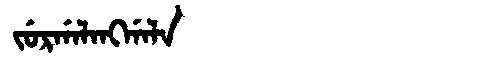
Manchu: ᠵᡠᡵᡤᠠᠯᠠᠩᡤᠠᠯᠠ
Romanization: JURGALANGGALA